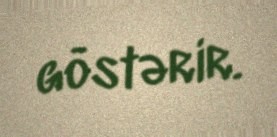
göstərir.